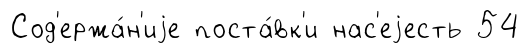
Сод'ержа́н'иjе поста́вк'и нас'еjесть 54